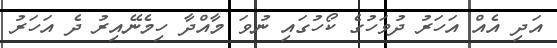
އަދި އެއް އަހަރު ދުވަހުގެ ކޯހުގައި ނުވަ މާއްދާ ހިމެނޭއިރު ދެ އަހަރު